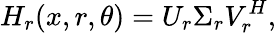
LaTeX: H_{r}(x,r,\theta)=U_{r}\Sigma_{r}V_{r}^{H},